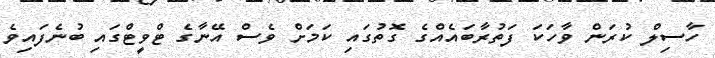
ހާސިލް ކުރަން ވާހަކަ ފަތުރާބައެއްގެ ގޮތުގައި ކަމަށް ވެސް އޭނާގެ ޓްވީޓްގައި ބުނެފައިވެ